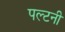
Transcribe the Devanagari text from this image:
पल्टनी